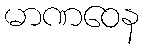
မာဏဝေန